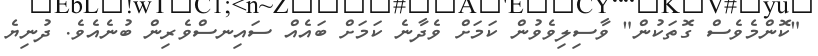
"ކޮންމެވެސް ގޮތަކުން" ވާސިލިވެވުން ކަމަށް ވެދާނެ ކަމަށް ބައެއް ސައިނސްވެރިން ބުނެއެވެ. ދުނިޔެ